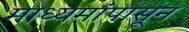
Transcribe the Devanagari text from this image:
माध्यमांपासून